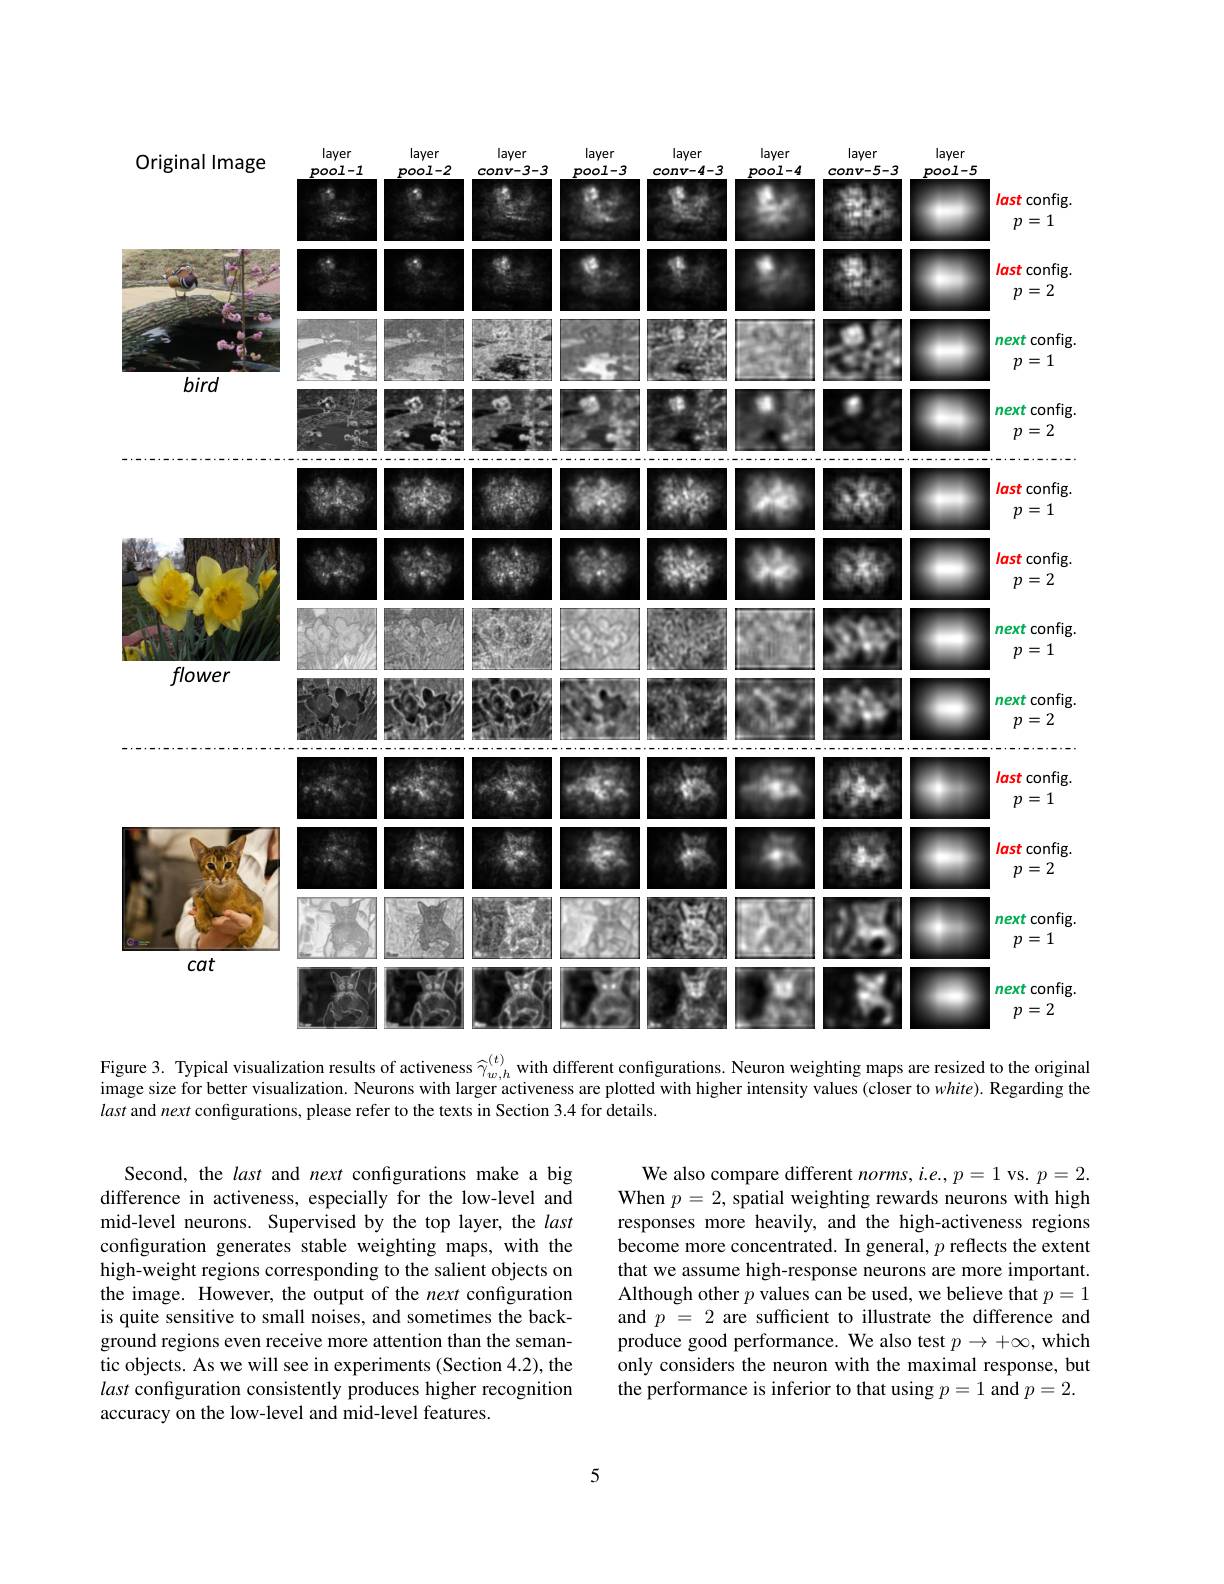
<FigureHere>

Figure 3. Typical visualization results of activeness $\widehat{\gamma}_{w,h}^{(t)}$ with different configurations. Neuron weighting maps are resized to the original image size for better visualization. Neurons with larger activeness are plotted with higher intensity values (closer to $white).$ Regarding the last and next configurations, please refer to the texts in Section 3.4 for details.

We also compare different $norms,i.e.,p=1$ vs. $p=2.$ When $p=2$, spatial weighting rewards neurons with high responses more heavily, and the high-activeness regions become more concentrated. In general, $p$ reflects the extent that we assume high-response neurons are more important. Although other $p$ values can be used, we believe that $p=1$ and $p=2$ are sufficient to illustrate the difference and produce good performance. We also test $p\to+\infty$, which only considers the neuron with the maximal response, but the performance is inferior to that using $p=1$ and $p=2.$

Second, the last and next configurations make a big difference in activeness, especially for the low-level and mid-level neurons. Supervised by the top layer, the last configuration generates stable weighting maps, with the high-weight regions corresponding to the salient objects on the image. However, the output of the next configuration is quite sensitive to small noises, and sometimes the background regions even receive more attention than the semantic objects. As we will see in experiments (Section 4.2), the last configuration consistently produces higher recognition accuracy on the low-level and mid-level features.

5